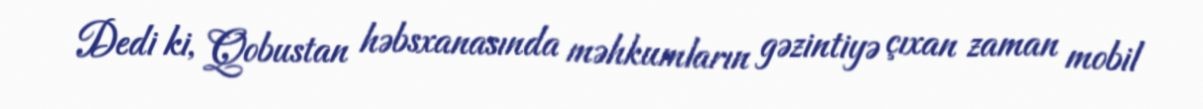
Dedi ki, Qobustan həbsxanasında məhkumların gəzintiyə çıxan zaman mobil